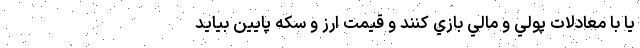
يا با معادلات پولي ‌و ‌مالي بازي کنند و قيمت ارز و سکه پايين بيايد